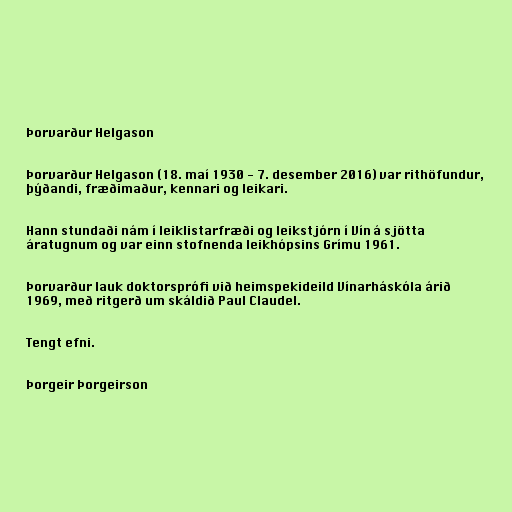
Þorvarður Helgason

Þorvarður Helgason (18. maí 1930 - 7. desember 2016) var rithöfundur,
þýðandi, fræðimaður, kennari og leikari.

Hann stundaði nám í leiklistarfræði og leikstjórn í Vín á sjötta
áratugnum og var einn stofnenda leikhópsins Grímu 1961.

Þorvarður lauk doktorsprófi við heimspekideild Vínarháskóla árið
1969, með ritgerð um skáldið Paul Claudel.

Tengt efni.

Þorgeir Þorgeirson